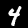
Label: 4